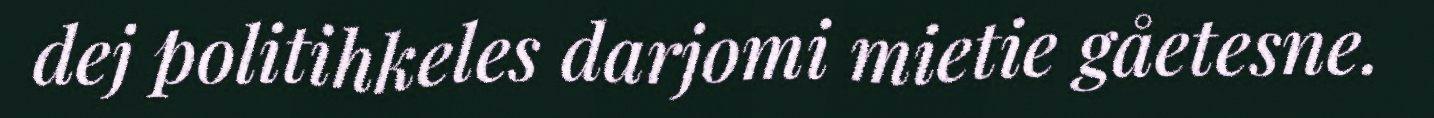
dej politihkeles darjomi mietie gåetesne.